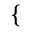
\begin{array} { r } { \mathopen { } \mathclose \bgroup \left\{ \begin{array} { r l r l } \end{array} \aftergroup \egroup \right. } \end{array}